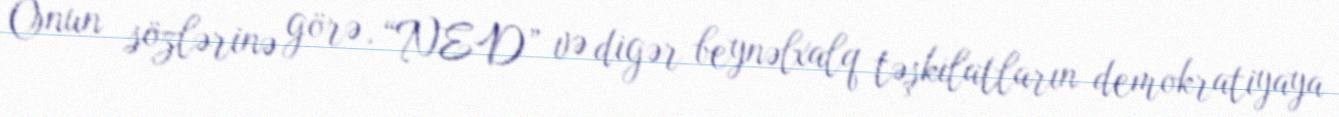
Onun sözlərinə görə, “NED” və digər beynəlxalq təşkilatların demokratiyaya